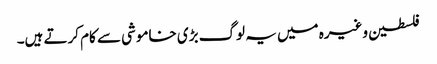
فلسطین وغیرہ میں یہ لوگ بڑی خاموشی سے کام کرتے ہیں۔